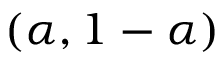
( \alpha , 1 - \alpha )